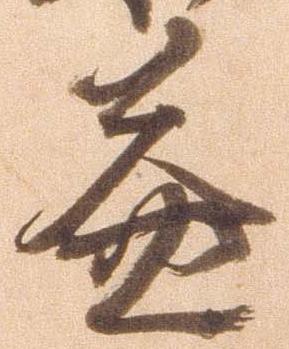
益